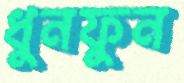
ধুনফুন